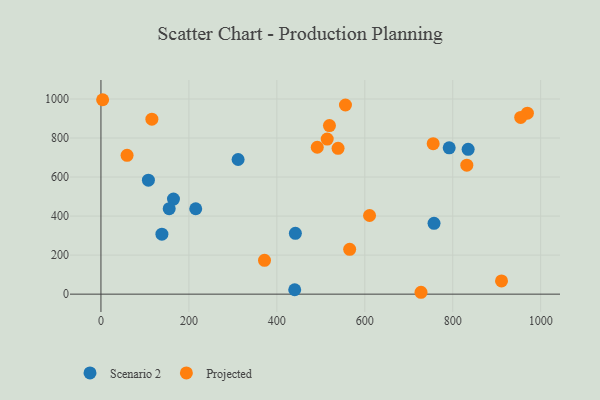
{"axis": {"x": "Experience", "y": "Exam Score"}, "legend": ["Projected", "Scenario 2"], "data": [{"x": "107.9", "y": 583.8, "type": "Scenario 2"}, {"x": "757.4", "y": 363.1, "type": "Scenario 2"}, {"x": "311.9", "y": 689.9, "type": "Scenario 2"}, {"x": "791.9", "y": 749.9, "type": "Scenario 2"}, {"x": "835.0", "y": 742.1, "type": "Scenario 2"}, {"x": "442.1", "y": 311.6, "type": "Scenario 2"}, {"x": "215.5", "y": 437.5, "type": "Scenario 2"}, {"x": "164.9", "y": 487.1, "type": "Scenario 2"}, {"x": "155.2", "y": 437.9, "type": "Scenario 2"}, {"x": "440.6", "y": 22.6, "type": "Scenario 2"}, {"x": "138.6", "y": 307.4, "type": "Scenario 2"}, {"x": "491.9", "y": 752.7, "type": "Projected"}, {"x": "910.9", "y": 67.9, "type": "Projected"}, {"x": "969.7", "y": 927.4, "type": "Projected"}, {"x": "115.8", "y": 896.5, "type": "Projected"}, {"x": "727.8", "y": 9.6, "type": "Projected"}, {"x": "832.0", "y": 661.0, "type": "Projected"}, {"x": "610.8", "y": 402.9, "type": "Projected"}, {"x": "3.8", "y": 996.3, "type": "Projected"}, {"x": "556.0", "y": 969.2, "type": "Projected"}, {"x": "59.4", "y": 711.6, "type": "Projected"}, {"x": "519.6", "y": 863.6, "type": "Projected"}, {"x": "565.6", "y": 229.8, "type": "Projected"}, {"x": "954.5", "y": 905.5, "type": "Projected"}, {"x": "371.9", "y": 173.4, "type": "Projected"}, {"x": "539.2", "y": 747.5, "type": "Projected"}, {"x": "755.5", "y": 771.1, "type": "Projected"}, {"x": "514.5", "y": 794.4, "type": "Projected"}]}